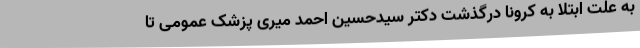
به علت ابتلا به کرونا درگذشت دکتر سیدحسین احمد میری پزشک عمومی تا